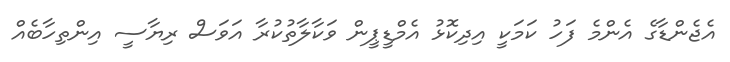
އެޖެންޑާގެ އެންމެ ފަހު ކަމަކީ އިދިކޮޅު އެމްޑީޕީން ވަކާލާތުކުރާ އަވަސް ރިޔާސީ އިންތިހާބެއް